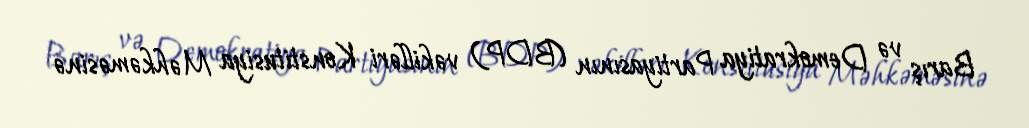
Barış və Demokratiya Partiyasının (BDP) vəkilləri Konstitusiya Məhkəməsinə